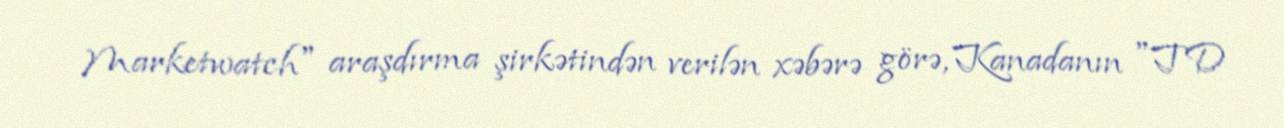
Marketwatch" araşdırma şirkətindən verilən xəbərə görə, Kanadanın "TD